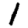
Digit: 1